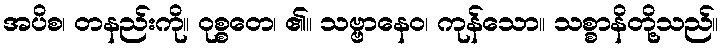
အပိစ၊ တနည်းကို။ ဝုစ္စတေ၊ ၏။ သဗ္ဗာနေဝ၊ ကုန်သော။ သစ္စာနိတို့သည်။